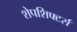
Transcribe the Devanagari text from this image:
शेपशिफ्टर्स